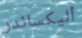
أليكساندر